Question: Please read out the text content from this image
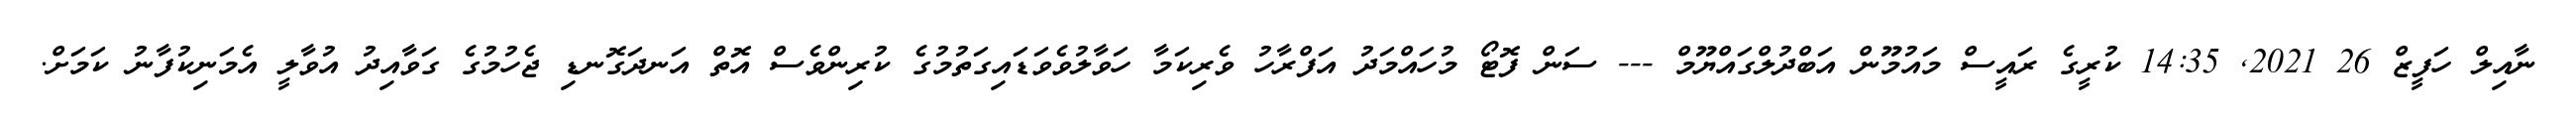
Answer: ނާއިލް ހަފީޒް 26 2021, 14:35 ކުރީގެ ރައީސް މައުމޫން އަބްދުލްގައްޔޫމް --- ސަން ފޮޓޯ މުހައްމަދު އަފްރާހު ވެރިކަމާ ހަވާލުވެވަޑައިގަތުމުގެ ކުރިންވެސް އޮތް އަނދަގޮނޑި ޖެހުމުގެ ގަވާއިދު އުވާލީ އެމަނިކުފާނު ކަމަށް.